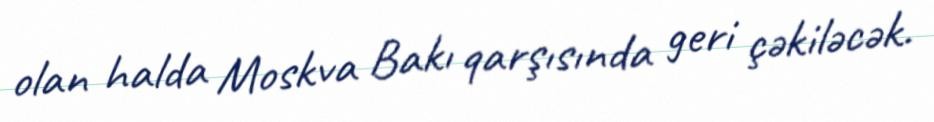
olan halda Moskva Bakı qarşısında geri çəkiləcək.